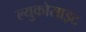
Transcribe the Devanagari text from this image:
ल्युकोसाइट